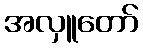
အလှူတော်